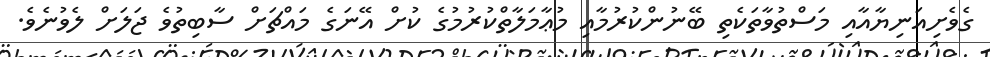
ގެވެށިއަނިޔާއާއި މަސްތުވާތަކެތި ބޭނުންކުރުމާއި މުޢާމަލާތްކުރުމުގެ ކުށް އޭނަގެ މައްޗަށް ސާބިތުވެ ޖަލަށް ލެވުނެވެ.